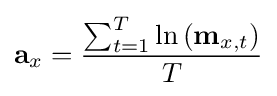
\mathbf {a} _{x}={\frac {\sum _{t=1}^{T}{\ln {(\mathbf {m} _{x,t})}}}{T}}